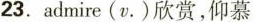
23.admire(v.)欣赏，仰慕